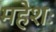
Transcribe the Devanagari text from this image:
महेशः